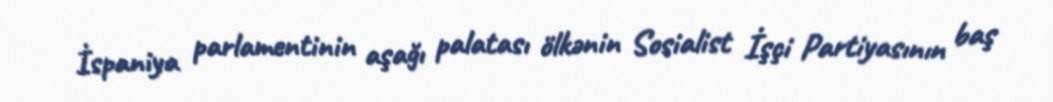
İspaniya parlamentinin aşağı palatası ölkənin Sosialist İşçi Partiyasının baş